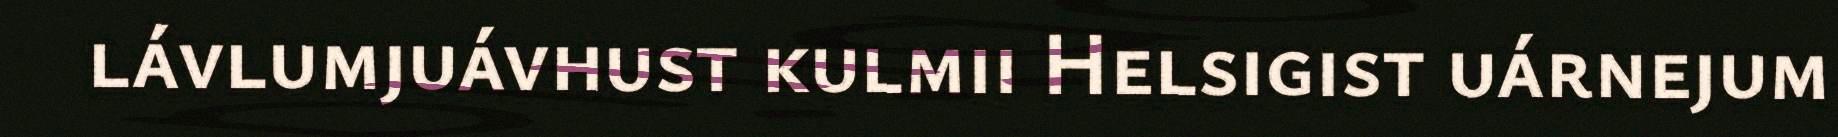
lávlumjuávhust kulmii Helsigist uárnejum